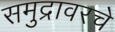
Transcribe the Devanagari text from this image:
समुद्रावरचे